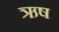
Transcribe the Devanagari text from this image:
ऋष